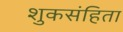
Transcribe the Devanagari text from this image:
शुकसंहिता